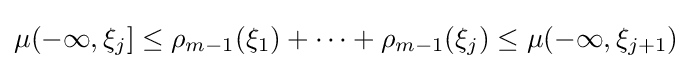
\mu (-\infty ,\xi _{j}]\leq \rho _{m-1}(\xi _{1})+\cdots +\rho _{m-1}(\xi _{j})\leq \mu (-\infty ,\xi _{j+1})